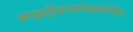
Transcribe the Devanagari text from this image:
काइट्रिडायोमाइकोसिस